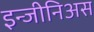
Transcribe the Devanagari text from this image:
इन्जीनिअस